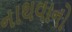
નાથવાનો